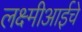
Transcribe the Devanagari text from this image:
लक्ष्मीआईचे